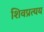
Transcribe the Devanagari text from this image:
शिवप्रत्यय